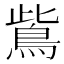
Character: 鴜